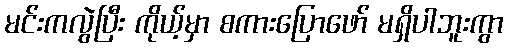
မင်းကလွဲပြီး ကိုယ့်မှာ စကားပြောဖော် မရှိပါဘူးကွာ